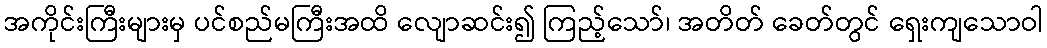
အကိုင်းကြီးများမှ ပင်စည်မကြီးအထိ လျောဆင်း၍ ကြည့်သော်၊ အတိတ် ခေတ်တွင် ရှေးကျသောဝါ